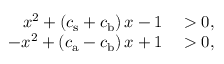
\begin{array} { r l } { x ^ { 2 } + \left( c _ { \mathrm { s } } + c _ { \mathrm { b } } \right) x - 1 } & { { } > 0 , } \\ { - x ^ { 2 } + \left( c _ { \mathrm { a } } - c _ { \mathrm { b } } \right) x + 1 } & { { } > 0 , } \end{array}